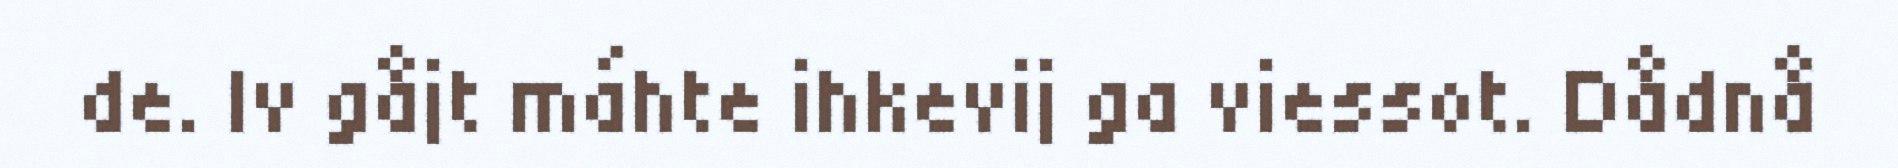
de. Iv gåjt máhte ihkevij ga viessot. Dådnå